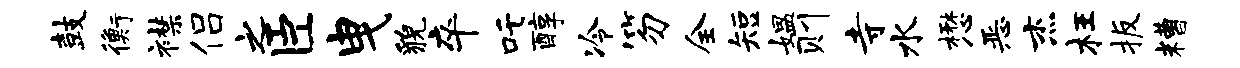
鼓衡襟侣之臣曳貌卒吒醇冷笏全短媪则寺水懋恶杰枉扳糟